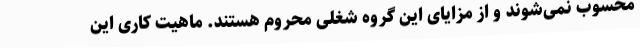
محسوب نمی‌شوند و از مزایای این گروه شغلی محروم هستند. ماهیت کاری این